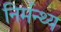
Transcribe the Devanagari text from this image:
निर्मन्थ्य